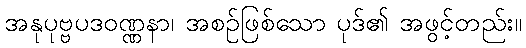
အနုပုဗ္ဗပဒဝဏ္ဏနာ၊ အစဉ်ဖြစ်သော ပုဒ်၏ အဖွင့်တည်း။